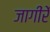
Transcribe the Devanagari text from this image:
जागींरें